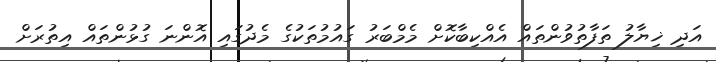
އަދި ޚިޔާލު ތަފާތުވުންތައް އެއްކިބާކޮށް މެމްބަރު ގައުމުތަކުގެ މެދުގައި އޮންނަ ގުޅުންތައް އިތުރަށް